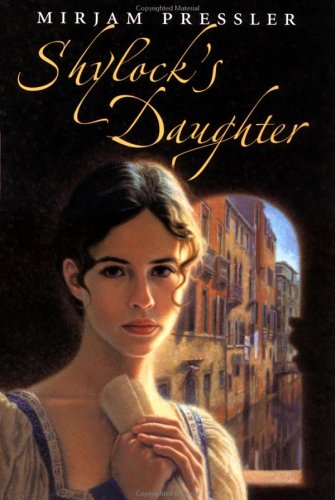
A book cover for Shylock's Daughter; Mirjam Pressler; Teen & Young Adult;